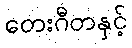
တေးဂီတနှင့်